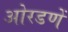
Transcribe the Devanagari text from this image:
ओरडणें